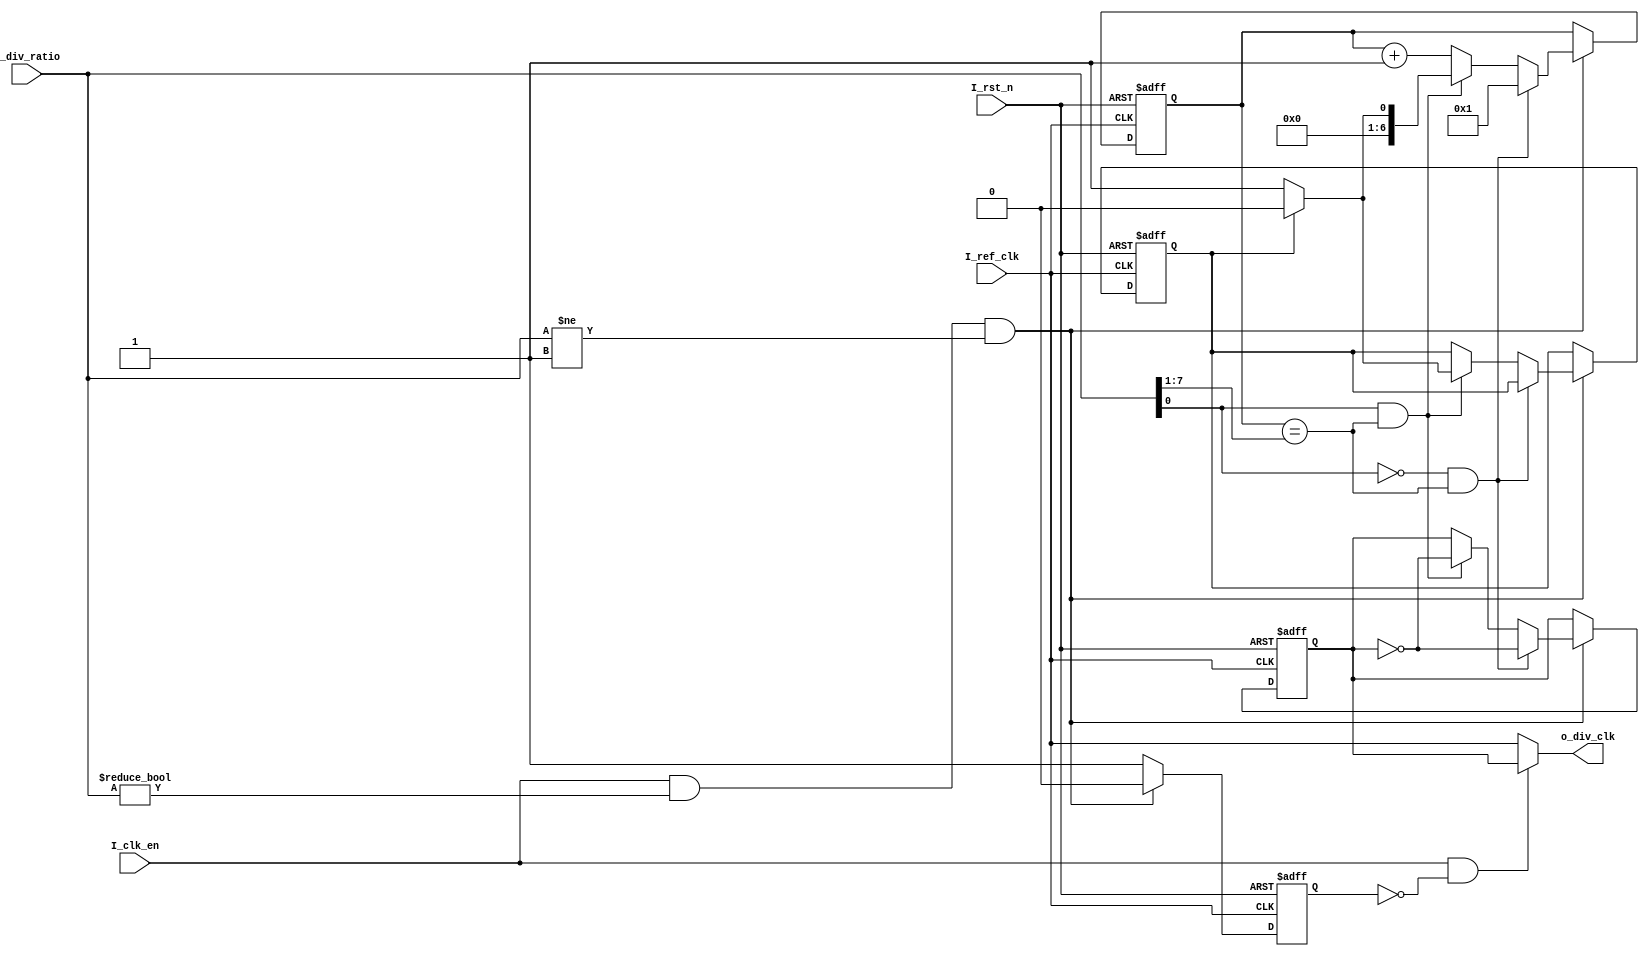
module ClkDiv #(
	parameter	RATIO	= 8
	)(

	input	wire						I_ref_clk,	
	input	wire						I_rst_n,	
	input	wire						I_clk_en,	 
	input	wire	[RATIO-1:0]	I_div_ratio, 
	output	wire						o_div_clk
	);

reg		[RATIO-2:0]	Counter;
reg							toggle_low_flg;
wire	[RATIO-2:0]	Half;
wire						Even_flg;
reg							div_by_1_or_0;		
reg 						div_clk;


always@(posedge I_ref_clk, negedge I_rst_n)	begin
	if(!I_rst_n)	begin
		div_clk			<=	'b0;
		Counter			<=	'b1;
		toggle_low_flg	<=	'b0;
		div_by_1_or_0	<=	'b0;
	end
	else if(I_clk_en && ( I_div_ratio != 'b0) && ( I_div_ratio != 'b1))	 begin

		div_by_1_or_0	<=	'b0;

		if(Even_flg	&&	Counter == Half) begin    // if division ratio is even
			div_clk		<=	~div_clk;
			Counter		<=	'b1;
		end	
		else if(!Even_flg && Counter==Half)
			if(toggle_low_flg) begin
				div_clk			<=	~div_clk;
				Counter			<=	'b0;
				toggle_low_flg	<=	'b0;
			end
			else begin
				div_clk			<=	~div_clk;
				Counter			<=	'b1;
				toggle_low_flg	<=	'b1;
			end

		else begin
			// increment counter
			Counter	<=	Counter	+	'b1;
			
		end


	end
	else begin    // if enable = 0,or divide by 1 or 0, then clk_out =clk_in
			div_by_1_or_0	<=	'b1;
	end
	

end


assign Half	= I_div_ratio>>1;
assign Even_flg = ~(I_div_ratio[0]);
assign o_div_clk = (I_clk_en && !div_by_1_or_0) ? div_clk : I_ref_clk ;

endmodule